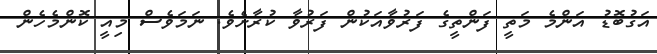
އަގުބޮޑު އަންމެ މަތީ ފަންތީގެ ފަރުވާއަކުން ފަރުވާ ކުރާށެވެ. ނަމަވެސް މިއީ ކޮންމެހެން